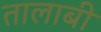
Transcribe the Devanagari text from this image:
तालाबी